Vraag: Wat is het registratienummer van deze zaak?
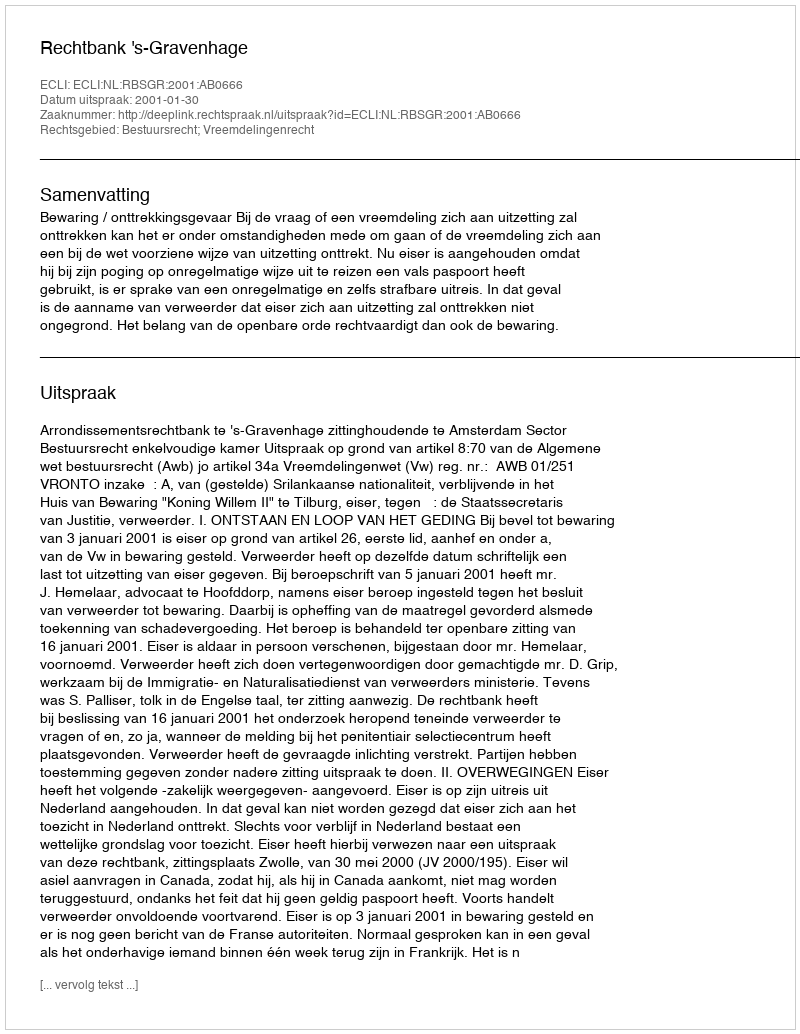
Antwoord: http://deeplink.rechtspraak.nl/uitspraak?id=ECLI:NL:RBSGR:2001:AB0666